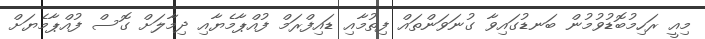
މިއީ ރަހިމުބޮޑުވުމުން ބަނޑުގައިވާ ގުނަވަންތައް ފިތުމާއި ޑައިފްރަމް ފުއްޕާމެޔާއި ދިމާލަށް ގޮސް ފުއްޕާމެޔަށް